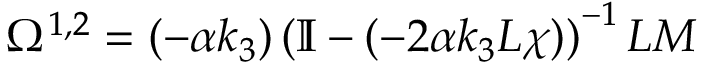
{ \Omega } ^ { 1 , 2 } = ( - \alpha k _ { 3 } ) \left( \mathbb { I } - ( - 2 \alpha k _ { 3 } L \chi ) \right) ^ { - 1 } L M